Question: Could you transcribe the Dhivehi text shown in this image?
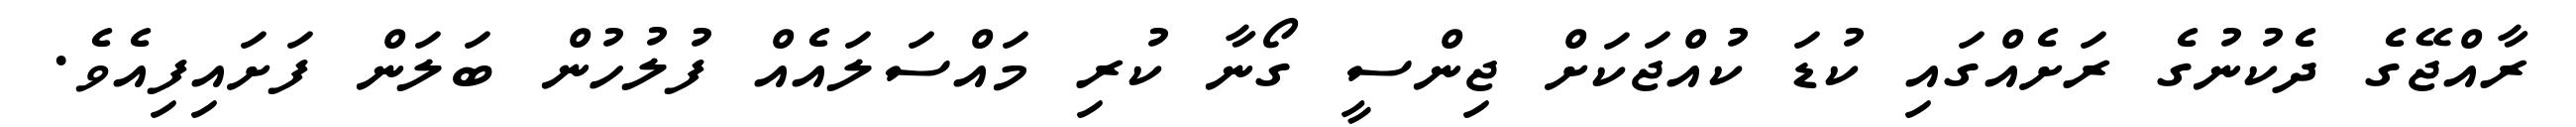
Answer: ރާއްޖޭގެ ދެކުނުގެ ރަށެއްގައި ކުޑަ ކުއްޖަކަށް ޖިންސީ ގޯނާ ކުރި މައްސަލައެއް ފުލުހުން ބަލަން ފަށައިފިއެވެ.